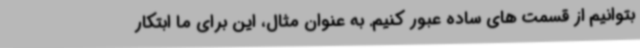
بتوانیم از قسمت های ساده عبور کنیم. به عنوان مثال، این برای ما ابتکار